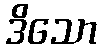
ဒိသော